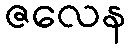
ဇလေန